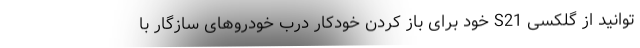
توانید از گلکسی S21 خود برای باز کردن خودکار درب خودروهای سازگار با